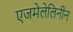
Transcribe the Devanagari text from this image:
एजमेलेलिनीन